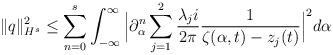
LaTeX: \begin{align*}\|q\|_{H^s}^2\leq \sum_{n=0}^{s}\int_{-\infty}^{\infty}\Big| \partial_{\alpha}^n \sum_{j=1}^2\frac{\lambda_j i}{2\pi}\frac{1}{\zeta(\alpha,t)-z_j(t)}\Big|^2 d\alpha\end{align*}